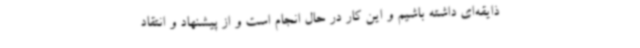
ذایقه‌ای داشته باشیم و این کار در حال انجام است و از پیشنهاد و انتقاد